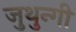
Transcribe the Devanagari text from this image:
जुथुन्गी